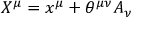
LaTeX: X ^ { \mu } = x ^ { \mu } + \theta ^ { \mu \nu } A _ { \nu }